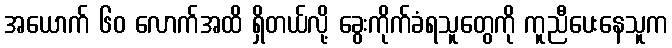
အယောက် ၆၀ လောက်အထိ ရှိတယ်လို့ ခွေးကိုက်ခံရသူတွေကို ကူညီပေးနေသူက